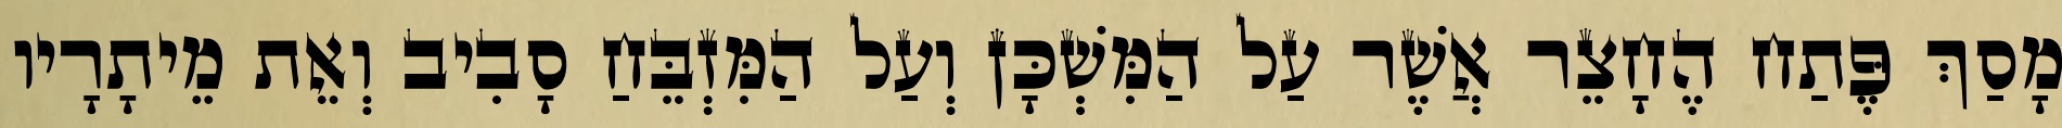
מָסַךְ פֶּתַח הֶחָצֵר אֲשֶׁר עַל הַמִּשְׁכָּן וְעַל הַמִּזְבֵּחַ סָבִיב וְאֵת מֵיתָרָיו